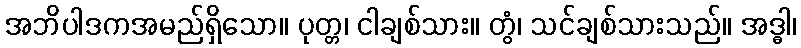
အဘိပါဒကအမည်ရှိသော။ ပုတ္တ၊ ငါချစ်သား။ တွံ၊ သင်ချစ်သားသည်။ အဒ္ဓါ၊